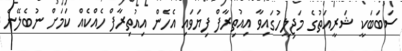
ސަބަބަކީ ޝަރީއަތުގެ މަޖިލީހުގައިވާ އިއުތިރާފް ފިޔަވައި އެހެން އިއުތިރާފް ހެއްކެއް ކަމަށް ނުބެލޭނެ